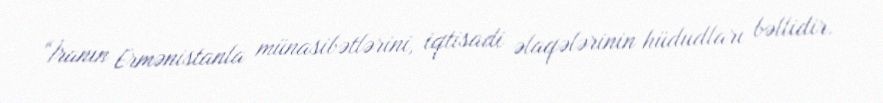
“İranın Ermənistanla münasibətlərini, iqtisadi əlaqələrinin hüdudları bəllidir.